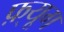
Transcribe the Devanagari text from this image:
फ़्यूग